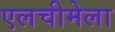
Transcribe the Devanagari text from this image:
एलचीमेला